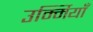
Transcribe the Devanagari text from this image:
उर्म्मियाँ